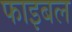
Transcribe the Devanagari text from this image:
फाइबल